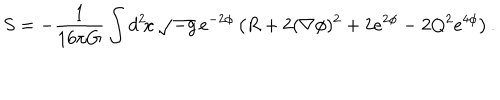
LaTeX: S = - \frac { 1 } { 1 6 \pi G } \int d ^ { 2 } \! x \, \sqrt { - g } \, e ^ { - 2 \phi } \left( R + 2 ( \nabla \phi ) ^ { 2 } + 2 e ^ { 2 \phi } - 2 Q ^ { 2 } e ^ { 4 \phi } \right) .